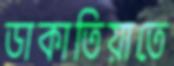
ডাকাতিয়াতে